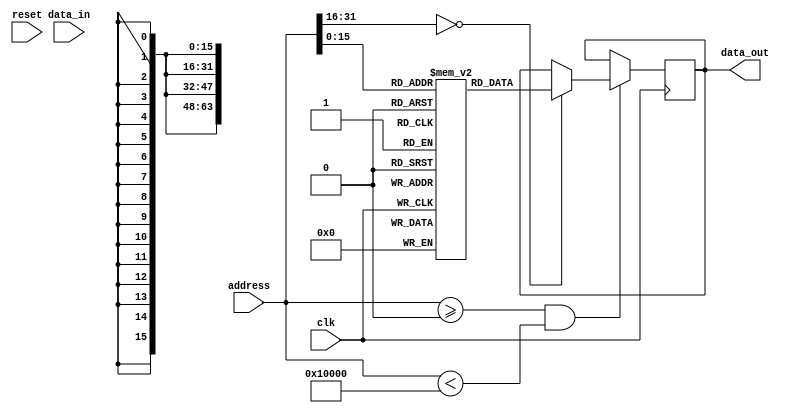
module HBM_design (
    input wire clk,
    input wire reset,
    input wire [31:0] address,
    input wire [63:0] data_in,
    output wire [63:0] data_out
);

// Define memory block parameters
parameter ROWS = 256;
parameter COLS = 256;
reg [63:0] memory [0:ROWS*COLS-1];

// Address decoding logic
reg [7:0] row_addr;
reg [7:0] col_addr;
always @ (posedge clk or posedge reset) begin
    if (reset) begin
        row_addr <= 8'h0;
        col_addr <= 8'h0;
    end else begin
        row_addr <= address[15:8];
        col_addr <= address[7:0];
    end
end

// Data path logic
always @ (posedge clk) begin
    if (address >= 0 && address < ROWS*COLS) begin
        if (address[31:16] == 32'h0000_0000) begin
            // Read operation
            data_out <= memory[address];
        end else if (address[31:16] == 32'hFFFF_FFFF) begin
            // Write operation
            memory[address] <= data_in;
        end
    end
end

endmodule